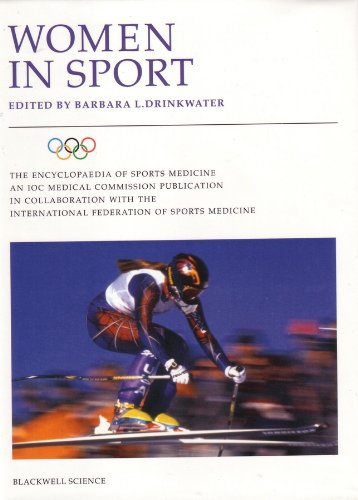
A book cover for Women in Sport: Volume VIII of the Encyclopaedia of Sports Medicine, An IOC Medical Committee Publication; Sports & Outdoors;